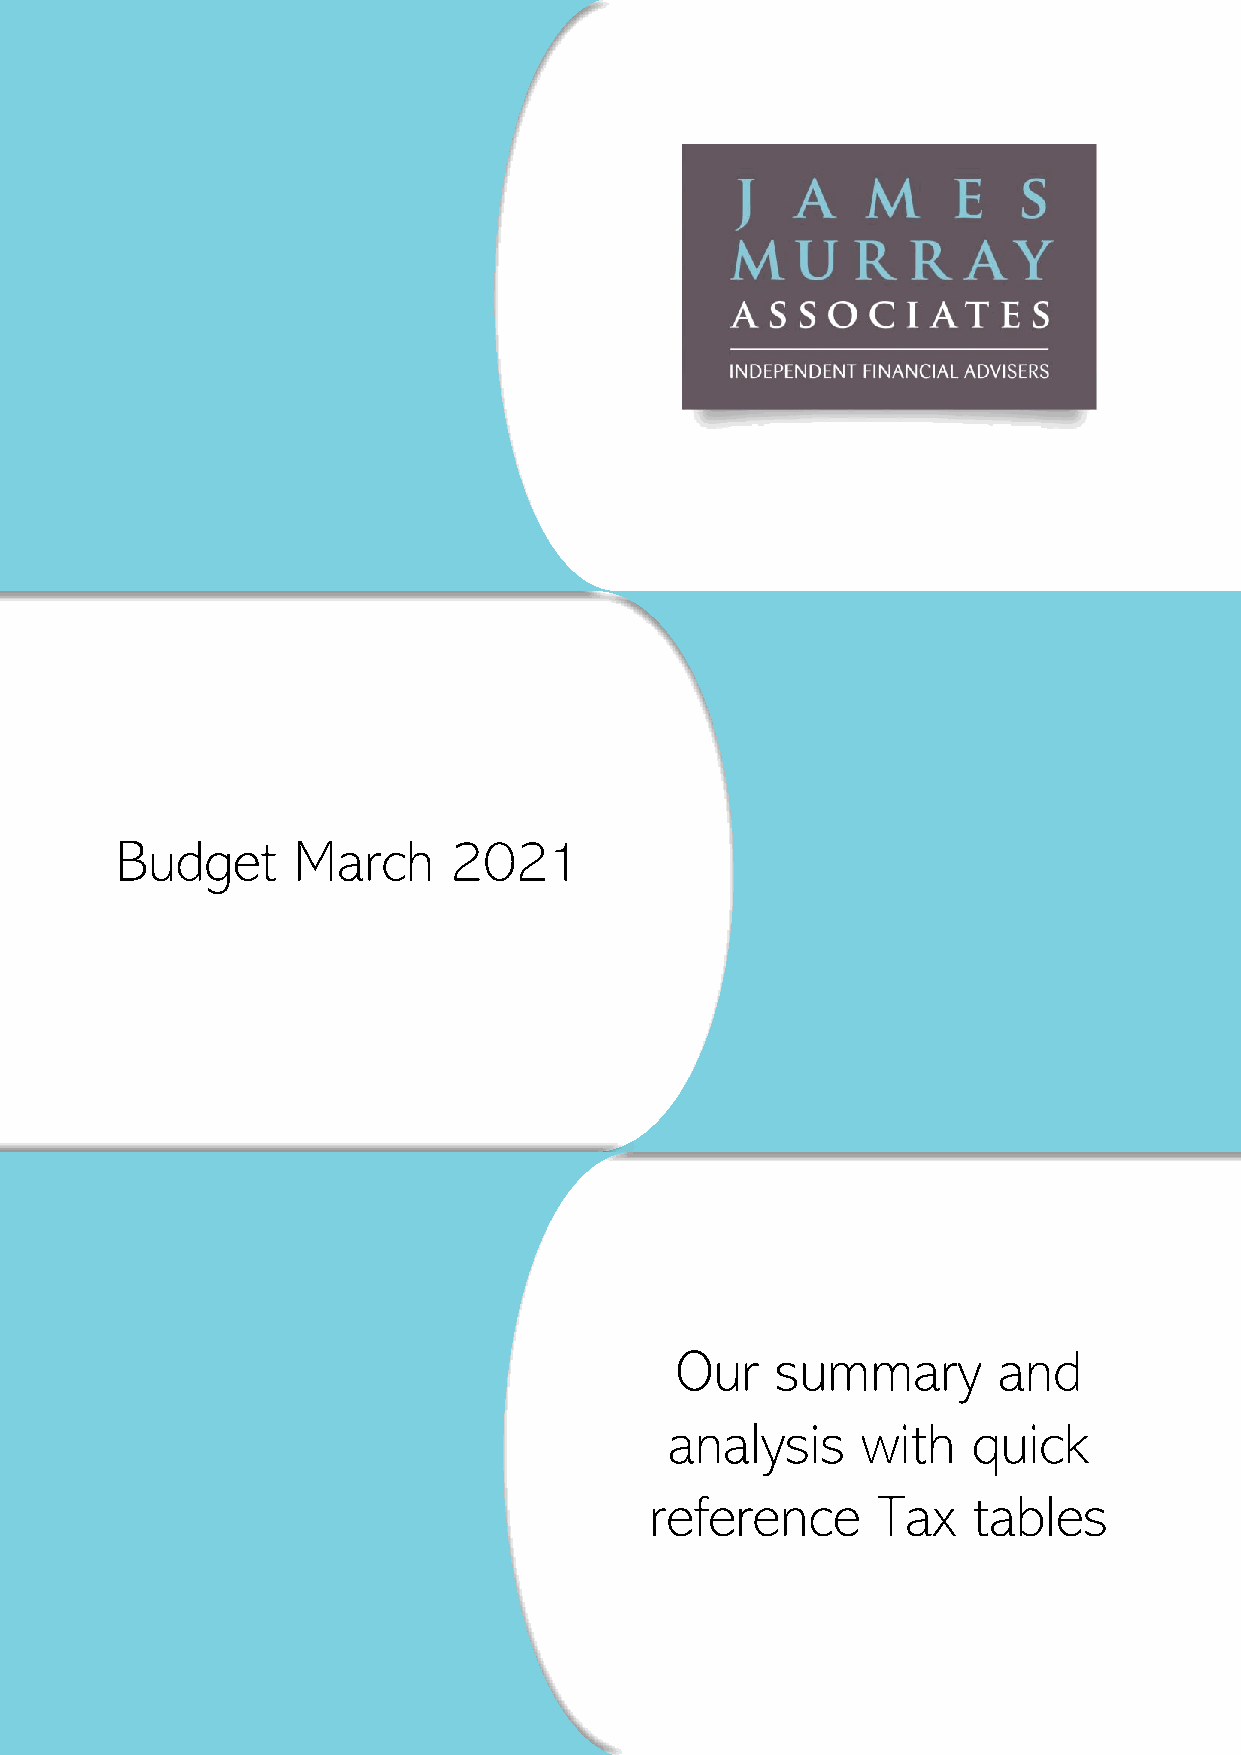
Budget     March      2021
 Our   summary        and
 analysis     with   quick
 reference      Tax   tables